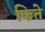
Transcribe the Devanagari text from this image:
फिते